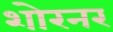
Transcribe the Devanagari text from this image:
शोरनर